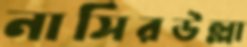
নাসিরউল্লা